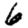
Digit: 6